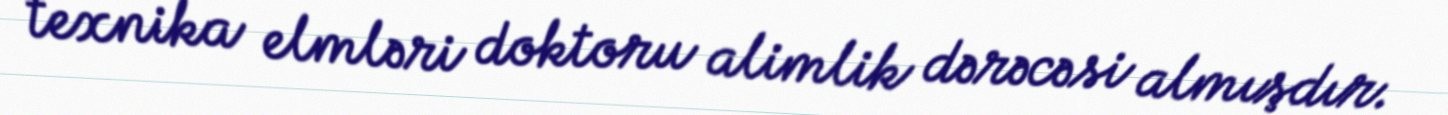
texnika elmləri doktoru alimlik dərəcəsi almışdır.